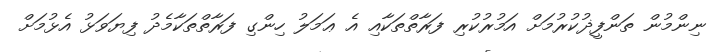
ނިންމުން ތަންފީޛުކުރުމަށް އަމުރުކުރި ފަރާތްތަކާއި އެ ޢަމަލު ހިންގި ފަރާތްތަކާމެދު ފިޔަވަޅު އެޅުމަށް